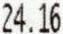
24.16